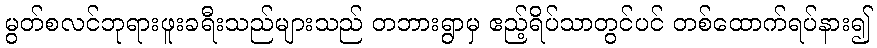
မွတ်စလင်ဘုရားဖူးခရီးသည်များသည် တဘားရွာမှ ဧည့်ရိပ်သာတွင်ပင် တစ်ထောက်ရပ်နား၍